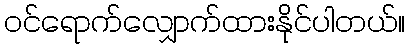
ဝင်ရောက်လျှောက်ထားနိုင်ပါတယ်။